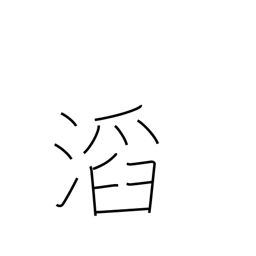
Meaning: overflowing